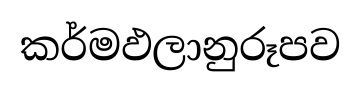
කර්මඵලානුරූපව